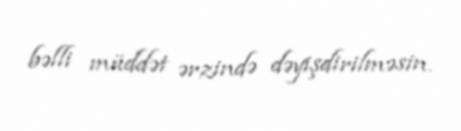
bəlli müddət ərzində dəyişdirilməsin.